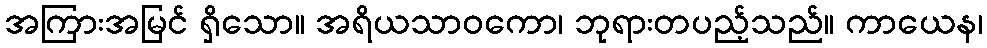
အကြားအမြင် ရှိသော။ အရိယသာဝကော၊ ဘုရားတပည့်သည်။ ကာယေန၊